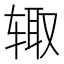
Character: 𰺋